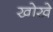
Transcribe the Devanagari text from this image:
खोखे